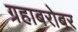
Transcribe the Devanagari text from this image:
ग्रहाबरोबर